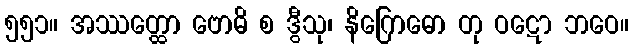
၅၅၁။ အဿတ္ထော ဗောဓိ စ ဒွီသု၊ နိဂြောဓော တု ဝဋော ဘဝေ။